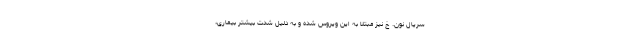
سریال نون. خ نیز مبتلا به این ویروس شده و به دلیل شدت بیشتر بیماری،